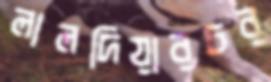
লালদিয়ারচর